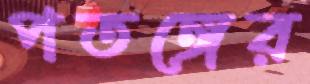
পতঙ্গের